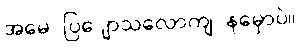
အမေ ပြျောသလောကျ နမှောပဲ။